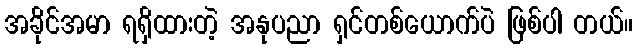
အခိုင်အမာ ရရှိထားတဲ့ အနုပညာ ရှင်တစ်ယောက်ပဲ ဖြစ်ပါ တယ်။